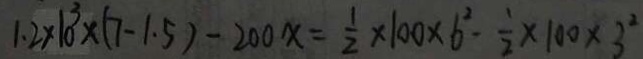
1 . 2 \times 1 0 ^ { 3 } \times ( 7 - 1 . 5 ) - 2 0 0 x = \frac { 1 } { 2 } \times 1 0 0 \times 6 ^ { 2 } - \frac { 1 } { 2 } \times 1 0 0 \times 3 ^ { 2 }